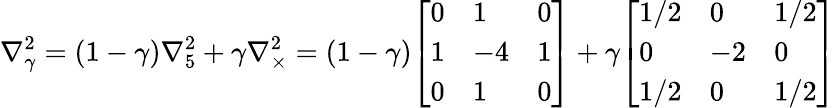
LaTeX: \nabla_{\gamma}^{2}=(1-\gamma)\nabla_{5}^{2}+\gamma\nabla_{\times}^{2}=(1-\gamma){\left[\begin{array}{lll}{0}&{1}&{0}\\ {1}&{-4}&{1}\\ {0}&{1}&{0}\end{array}\right]}+\gamma{\left[\begin{array}{lll}{1/2}&{0}&{1/2}\\ {0}&{-2}&{0}\\ {1/2}&{0}&{1/2}\end{array}\right]}